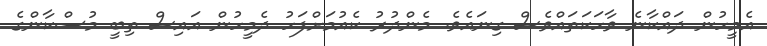
އެމީހުން ދައްކާނެ ވާހަކަތައްވެސް ގިނައެވެ. މެންދުރު ކެއުމަށްފަހު ދެމީހުން އައިސް ތިބީ މުސްކާންގެ